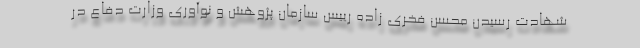
شهادت رسیدن محسن فخری زاده رییس سازمان پژوهش و نوآوری وزارت دفاع در